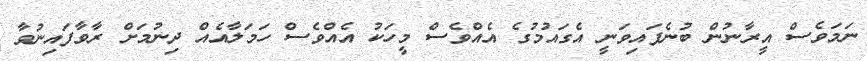
ނަމަވެސް އީރާނުން ބުނެފައިވަނީ އެގައުމުގެ އެއްވެސް މީހަކު އެއްވެސް ހަމަލާއެއް ދިނުމަށް ރާވާފައިނުވާ